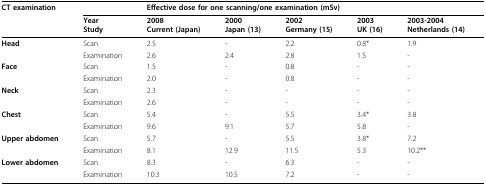
<table><thead><tr><td><b>CT examination</b></td><td></td><td colspan="5"><b>Effective dose for one scanning/one examination (mSv)</b></td></tr><tr><td></td><td><b>YearStudy</b></td><td><b>2008Current (Japan)</b></td><td><b>2000Japan (13)</b></td><td><b>2002Germany (15)</b></td><td><b>2003UK (16)</b></td><td><b>2003-2004Netherlands (14)</b></td></tr></thead><tbody><tr><td><b>Head</b></td><td>Scan</td><td>2.5</td><td>-</td><td>2.2</td><td>0.8*</td><td>1.9</td></tr><tr><td></td><td>Examination</td><td>2.6</td><td>2.4</td><td>2.8</td><td>1.5</td><td>-</td></tr><tr><td><b>Face</b></td><td>Scan</td><td>1.5</td><td>-</td><td>0.8</td><td>-</td><td>-</td></tr><tr><td></td><td>Examination</td><td>2.0</td><td>-</td><td>0.8</td><td>-</td><td>-</td></tr><tr><td><b>Neck</b></td><td>Scan</td><td>2.3</td><td>-</td><td>-</td><td>-</td><td>-</td></tr><tr><td></td><td>Examination</td><td>2.6</td><td>-</td><td>-</td><td>-</td><td>-</td></tr><tr><td><b>Chest</b></td><td>Scan</td><td>5.4</td><td>-</td><td>5.5</td><td>3.4*</td><td>3.8</td></tr><tr><td></td><td>Examination</td><td>9.6</td><td>9.1</td><td>5.7</td><td>5.8</td><td>-</td></tr><tr><td><b>Upper abdomen</b></td><td>Scan</td><td>5.7</td><td>-</td><td>5.5</td><td>3.8*</td><td>7.2</td></tr><tr><td></td><td>Examination</td><td>8.1</td><td>12.9</td><td>11.5</td><td>5.3</td><td>10.2**</td></tr><tr><td><b>Lower abdomen</b></td><td>Scan</td><td>8.3</td><td>-</td><td>6.3</td><td>-</td><td>-</td></tr><tr><td></td><td>Examination</td><td>10.3</td><td>10.5</td><td>7.2</td><td>-</td><td>-</td></tr></tbody></table>